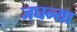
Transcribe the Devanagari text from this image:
जघन्या